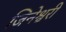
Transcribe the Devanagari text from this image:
जिनेश्वरी